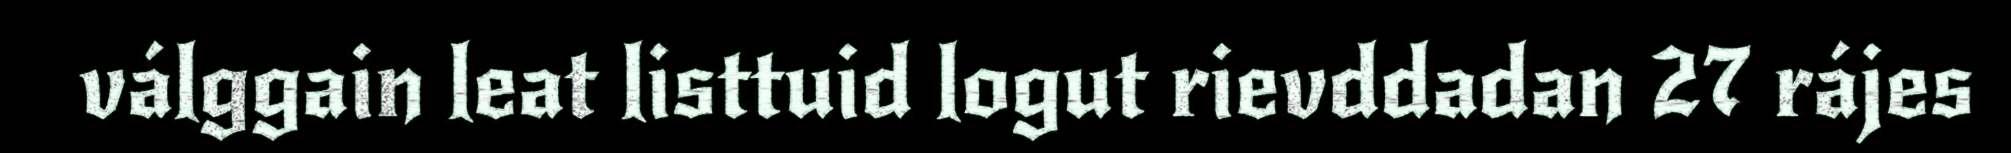
válggain leat listtuid logut rievddadan 27 rájes